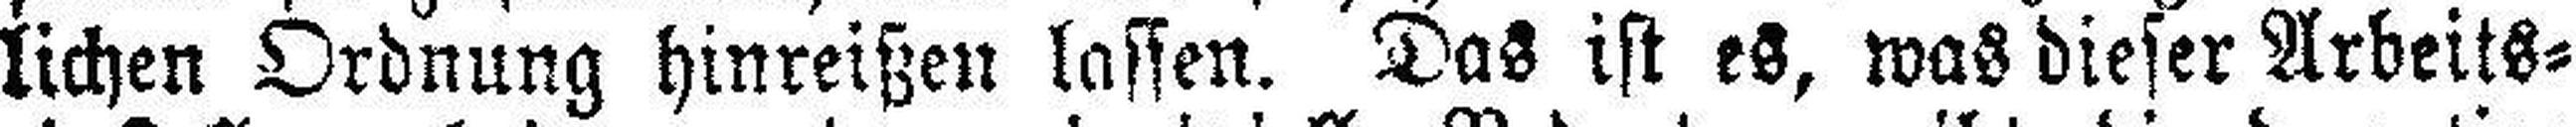
lichen Ordnung hinreißen lassen. Das ist es, was dieser Arbeits¬